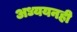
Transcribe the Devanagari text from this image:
अध्ययनही